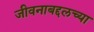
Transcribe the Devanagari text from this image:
जीवनाबद्दलच्या